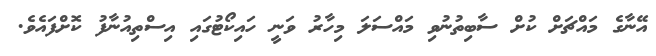
އޭނާގެ މައްޗަށް ކުށް ސާބިތުނުވި މައްސަލަ މިހާރު ވަނީ ހައިކޯޓުގައި އިސްތިއުނާފު ކޮށްފައެވެ.